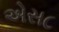
એસ૮